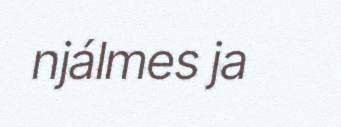
njálmes ja